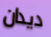
ديدان